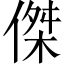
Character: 傑